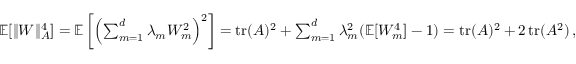
\begin{array} { r } { \mathbb E [ \Vert W \Vert _ { A } ^ { 4 } ] = \mathbb E \left[ \left( \sum _ { m = 1 } ^ { d } \lambda _ { m } W _ { m } ^ { 2 } \right) ^ { 2 } \right] = \operatorname { t r } ( A ) ^ { 2 } + \sum _ { m = 1 } ^ { d } \lambda _ { m } ^ { 2 } ( \mathbb E [ W _ { m } ^ { 4 } ] - 1 ) = \operatorname { t r } ( A ) ^ { 2 } + 2 \operatorname { t r } ( A ^ { 2 } ) \, , } \end{array}